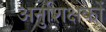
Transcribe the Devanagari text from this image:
अनुशिक्षकों